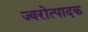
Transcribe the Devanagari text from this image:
ज्वरोत्पादक